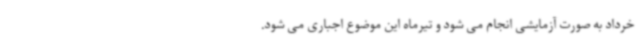
خرداد به صورت آزمایشی انجام می شود و تیرماه این موضوع اجباری می شود.